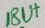
Text: 18Ut